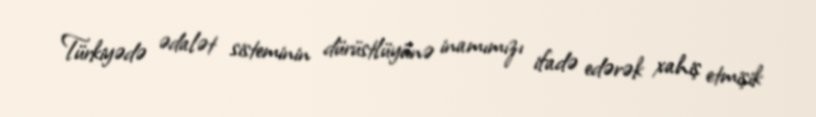
Türkiyədə ədalət sisteminin dürüstlüyünə inamımızı ifadə edərək xahiş etmişik